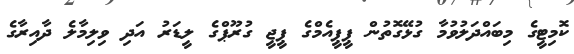
ކޮމިޓީގެ މިބައްދަލުވުމާ ގުޅޭގޮތުން ޕީޕީއެމްގެ ޕީޖީ ގުރޫޕްގެ ލީޑަރު އަދި ވިލިމާލެ ދާއިރާގެ